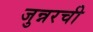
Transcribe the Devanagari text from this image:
जुन्नरची